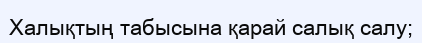
Халықтың табысына қарай салық салу;